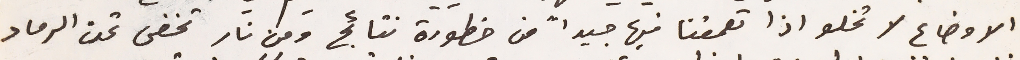
الاوضاع لا تخلو اذا تعمقنا فيها جيداً من خطورة نتائج ومن نار تخفى تحت الرماد